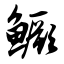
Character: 鳜